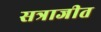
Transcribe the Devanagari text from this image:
सत्राजीत